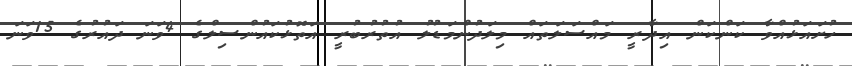
ހުށައަޅުއްވާ ކަންކަން އިދާރީ މައްސަލަތައް މިލަދުންމަޑުލު އުތުރުބުރީ އަތޮޅުކައުންސިލްގެ 4ވަނަ ދައުރުގެ 15ވަނަ